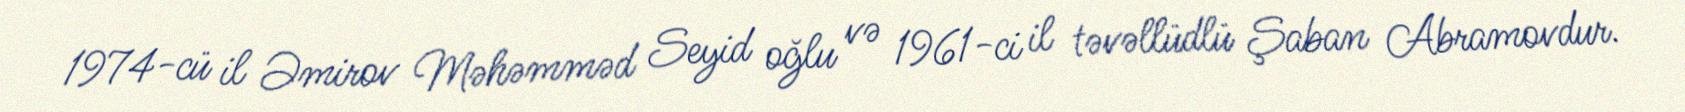
1974-cü il Əmirov Məhəmməd Seyid oğlu və 1961-ci il təvəllüdlü Şaban Abramovdur.